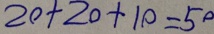
2 0 + 2 0 + 1 0 = 5 0